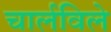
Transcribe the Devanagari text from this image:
चार्लविले